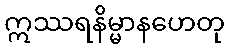
ဣဿရနိမ္မာနဟေတု